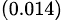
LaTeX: _{(0.014)}